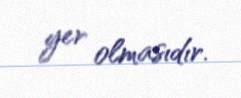
yer olmasıdır.